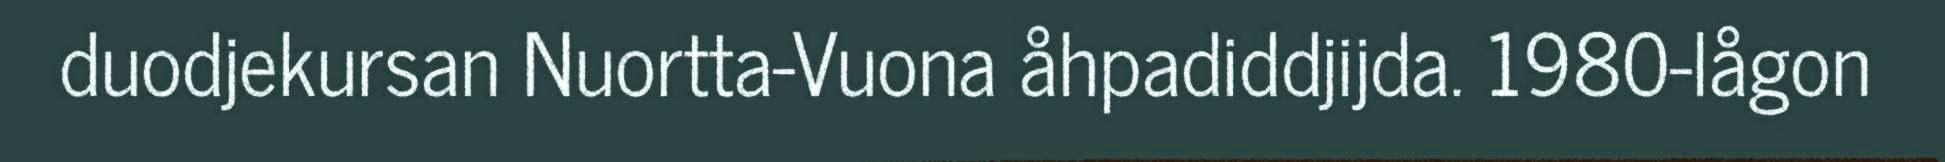
duodjekursan Nuortta-Vuona åhpadiddjijda. 1980-lågon